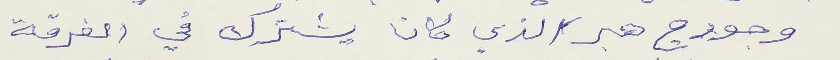
وجورج هبر الذي كانا يشترك في الفرقة